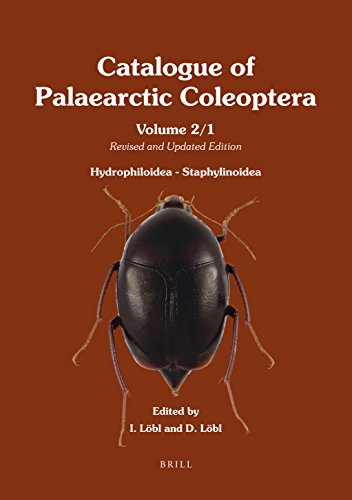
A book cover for Hydrophiloidea - Staphylinoidea (2 Vols): Revised and Updated Edition (Catalogue of Palaearctic Coleoptera); Science & Math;